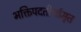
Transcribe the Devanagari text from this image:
भक्तिपदतीर्थामृत